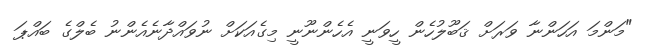
"މަންމަ އަހަންނާ ވަރަށް ޤަބޫލުހެން ހީވަނީ އެހެންނޫނީ މިގެއަކަށް ނުވައްދާނެއެންނު ބެލްގެ ބައްޕަ